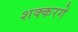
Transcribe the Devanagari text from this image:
शक्करगे